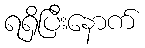
ရရှိပြီးနောက်